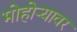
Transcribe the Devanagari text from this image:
मोहोऱ्यावर